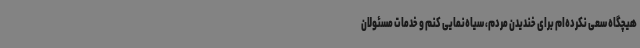
هیچگاه سعی نکرده‌ام برای خندیدن مردم، سیاه‌نمایی کنم و خدمات مسئولان